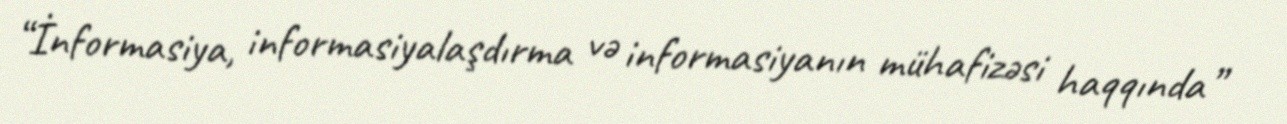
“İnformasiya, informasiyalaşdırma və informasiyanın mühafizəsi haqqında”